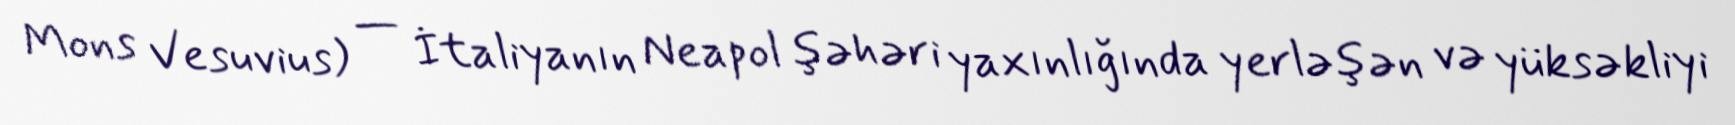
Mons Vesuvius) — İtaliyanın Neapol şəhəri yaxınlığında yerləşən və yüksəkliyi